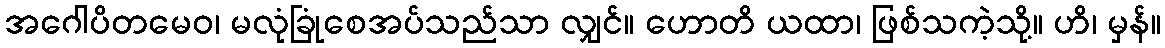
အဂေါပိတမေဝ၊ မလုံခြုံစေအပ်သည်သာ လျှင်။ ဟောတိ ယထာ၊ ဖြစ်သကဲ့သို့။ ဟိ၊ မှန်။